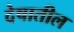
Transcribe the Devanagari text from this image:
देषातील